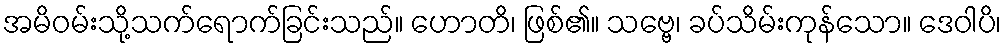
အမိဝမ်းသို့သက်ရောက်ခြင်းသည်။ ဟောတိ၊ ဖြစ်၏။ သဗ္ဗေ၊ ခပ်သိမ်းကုန်သော။ ဒေဝါပိ၊